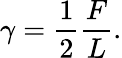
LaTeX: \gamma={\frac{1}{2}}{\frac{F}{L}}.